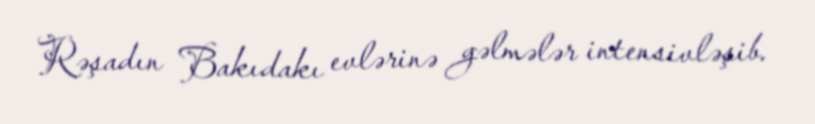
Rəşadın Bakıdakı evlərinə gəlmələr intensivləşib.